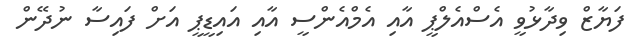
ފަޔާޒް ވިދާޅުވީ އެސްއެލްޕީ އާއި އެމްއެންސީ އާއި އައިޑީޕީ އަށް ފައިސާ ނުދޭން